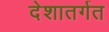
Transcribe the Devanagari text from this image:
देशातर्गत